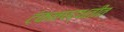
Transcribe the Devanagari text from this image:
टंकनपद्धतीत